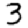
Digit: 3